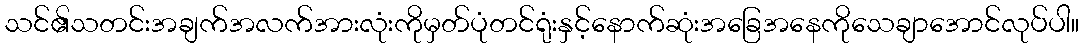
သင်၏သတင်းအချက်အလက်အားလုံးကိုမှတ်ပုံတင်ရုံးနှင့်နောက်ဆုံးအခြေအနေကိုသေချာအောင်လုပ်ပါ။